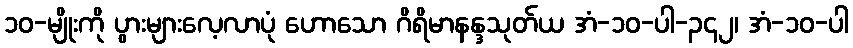
၁၀-မျိုးကို ပွားများလေ့လာပုံ ဟောသော ဂိရိမာနန္ဒသုတ်ယ အံ-၁၀-ပါ-၃၄၂၊ အံ-၁၀-ပါ